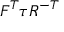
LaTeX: { \boldsymbol { F } } ^ { T } { \boldsymbol { \tau } } { \boldsymbol { R } } ^ { - T }